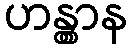
ဟန္တွာန